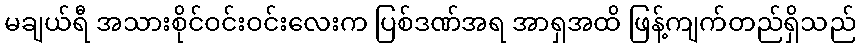
မချယ်ရီ အသားစိုင်ဝင်းဝင်းလေးက ပြစ်ဒဏ်အရ အာရှအထိ ဖြန့်ကျက်တည်ရှိသည်